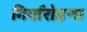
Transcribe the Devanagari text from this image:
गिर्यारोहणा